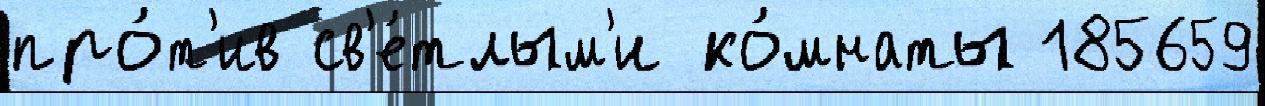
про́т'ив св'е́тлым'и ко́мнаты 185659